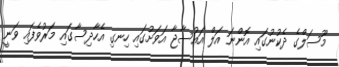
މޫސަލްގެ ދެކުނުގައި އޮންނަ އަލް އައުސާޖާ އަވަށުގައި ހިނގި އެހާދިސާގައި މަރުވެފައި ވަނީ